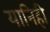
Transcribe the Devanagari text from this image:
यानिही